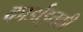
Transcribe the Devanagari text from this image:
कार्डाइतकी